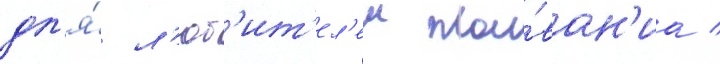
дл'я́ л'юб'ит'ел'еи пла́ван'иа /